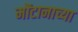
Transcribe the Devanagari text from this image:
मोंटानाच्या